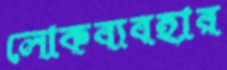
লোকব্যবহার